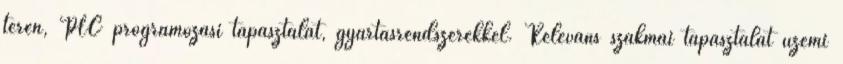
terén, PLC programozási tapasztalat, gyártásrendszerekkel. Releváns szakmai tapasztalat üzemi